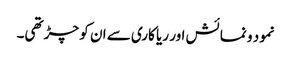
نمود و نمائش اور ریا کاری سے ان کو چڑ تھی۔